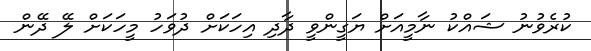
ކުރެވުނު ޝައްކު ނާމީއަށް ޔަގީންވީ ދާދި އިހަކަށް ދުވަހު މީހަކަށް ލޭ ދޭން